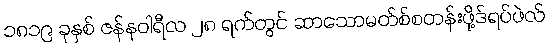
၁၈၁၉ ခုနှစ် ဇန်နဝါရီလ ၂၈ ရက်တွင် ဆာသောမတ်စ်စတန်းဖို့ဒ်ရပ်ဖဲလ်